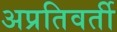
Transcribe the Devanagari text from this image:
अप्रतिवर्ती